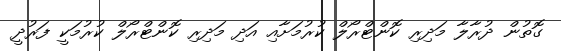
ގޮތުން ދުރާލާ މަދިރި ކޮންޓްރޯލް ކުރުމަށާއި އަދި މަދިރި ކޮންޓްރޯލް ކުރުމަކީ ފަރުދީ